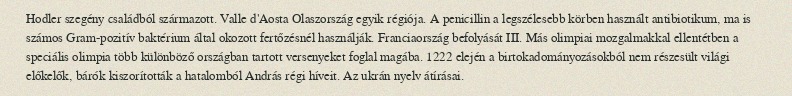
Hodler szegény családból származott. Valle d'Aosta Olaszország egyik régiója. A penicillin a legszélesebb körben használt antibiotikum, ma is számos Gram-pozitív baktérium által okozott fertőzésnél használják. Franciaország befolyását III. Más olimpiai mozgalmakkal ellentétben a speciális olimpia több különböző országban tartott versenyeket foglal magába. 1222 elején a birtokadományozásokból nem részesült világi előkelők, bárók kiszorították a hatalomból András régi híveit. Az ukrán nyelv átírásai.